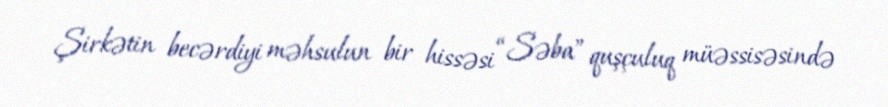
Şirkətin becərdiyi məhsulun bir hissəsi “Səba” quşçuluq müəssisəsində